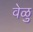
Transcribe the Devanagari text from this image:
वेळु